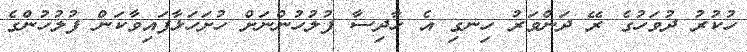
ހުކުރު ދުވަހުގެ ރޭ ދަންވަރު ހިނގި އެ ހާދިސާ ފުލުހުންނަށް ހުށަހަޅާފައިވާކަން ފުލުހުންގެ